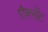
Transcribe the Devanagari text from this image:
ऐक्सेंट